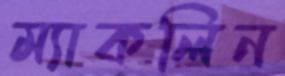
ম্যাকলিন